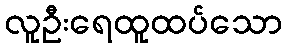
လူဦးရေထူထပ်သော